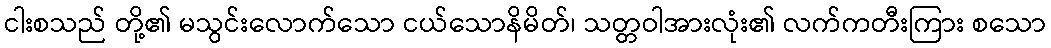
ငါးစသည် တို့၏ မသွင်းလောက်သော ငယ်သောနိမိတ်၊ သတ္တဝါအားလုံး၏ လက်ကတီးကြား စသော